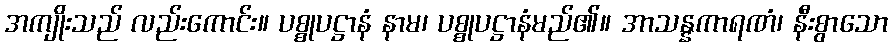
အကျိုးသည် လည်းကောင်း။ ပစ္စုပဋ္ဌာနံ နာမ၊ ပစ္စုပဋ္ဌာနံမည်၏။ အာသန္နကာရဏံ၊ နီးစွာသော